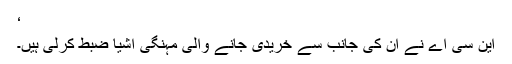
‘
این سی اے نے ان کی جانب سے خریدی جانے والی مہنگی اشیا ضبط کرلی ہیں۔